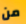
من